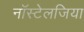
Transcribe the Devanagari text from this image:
नॉस्टेलजिया